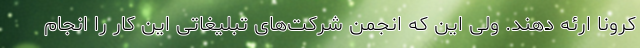
کرونا ارئه دهند. ولی این که انجمن شرکت‌های تبلیغاتی این کار را انجام